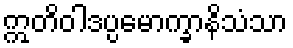
ဣတိဝါဒပ္ပမောက္ခာနိသံသာ